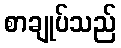
စာချုပ်သည်